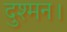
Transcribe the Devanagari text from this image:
दुश्मन।